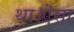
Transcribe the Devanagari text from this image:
था।ऎसा